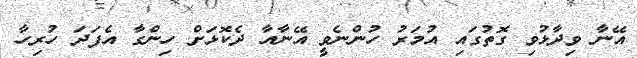
އޭނާ ވިދާޅުވި ގޮތުގައި އުމަރު ހުންނެވީ އޭނާއާ ދެކޮޅަށް ހިންގާ އެފަދަ ހުރިހާ